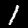
Digit: 1